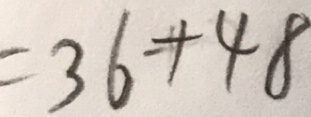
= 3 6 + 4 8